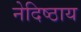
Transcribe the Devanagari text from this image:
नेदिष्ठाय